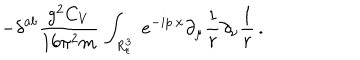
\displaystyle - { \delta } ^ { a b } \frac { g ^ { 2 } C _ { V } } { 1 6 \pi ^ { 2 } m } \, \int _ { R _ { \epsilon } ^ { 3 } } ~ e ^ { - i p . x } \partial _ { \mu } \frac 1 r \partial _ { \nu } \frac 1 r \, .